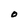
Character: O